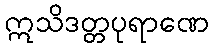
ဣသိဒတ္တပုရာဏေ